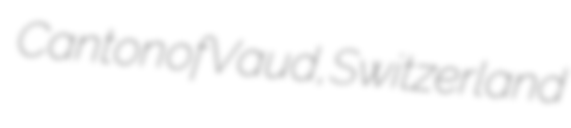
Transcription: Canton of Vaud, Switzerland